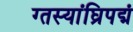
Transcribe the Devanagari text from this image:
ग्तस्यांघ्रिपद्मं